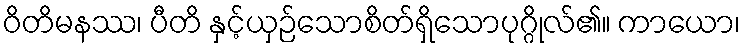
ဝိတိမနဿ၊ ပီတိ နှင့်ယှဉ်သောစိတ်ရှိသောပုဂ္ဂိုလ်၏။ ကာယော၊